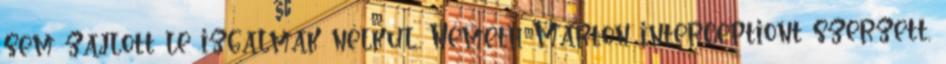
sem zajlott le izgalmak nélkül, Németh Márton interceptiont szerzett,